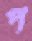
প